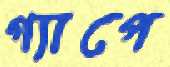
গ্যাপে